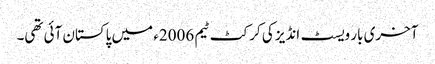
آخری بار ویسٹ انڈیز کی کرکٹ ٹیم 2006ء میں پاکستان آئی تھی۔